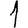
Digit: 1